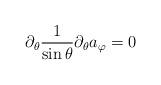
\begin{align*}\partial_\theta\frac{1}{\sin\theta}\partial_\theta a_\varphi = 0\end{align*}